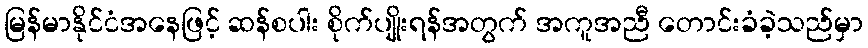
မြန်မာနိုင်ငံအနေဖြင့် ဆန်စပါး စိုက်ပျိုးရန်အတွက် အကူအညီ တောင်းခံခဲ့သည်မှာ